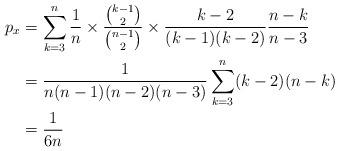
LaTeX: \begin{align*}p_x&=\sum_{k=3}^n\frac1n\times \frac{\binom{k-1}{2}}{\binom{n-1}{2}}\times \frac{k-2}{(k-1)(k-2)}\frac{n-k}{n-3}\\ &=\frac{1}{n(n-1)(n-2)(n-3)}\sum_{k=3}^n(k-2)(n-k)\\ &=\frac{1}{6n}\end{align*}